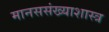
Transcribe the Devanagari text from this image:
मानससंख्याशास्त्र